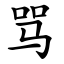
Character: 骂